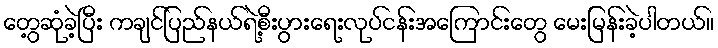
တွေ့ဆုံခဲ့ပြီး ကချင်ပြည်နယ်ရဲ့စီးပွားရေးလုပ်ငန်းအကြောင်းတွေ မေးမြန်းခဲ့ပါတယ်။